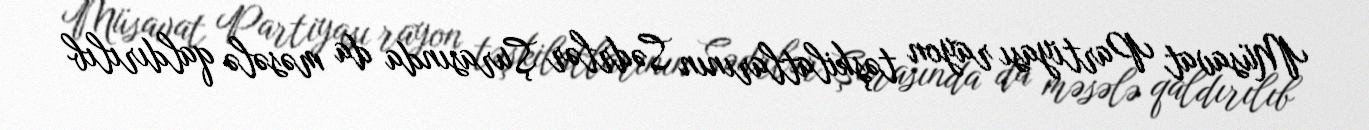
Müsavat Partiyası rayon təşkilatlarının Sədrlər Şurasında da məsələ qaldırılıb